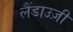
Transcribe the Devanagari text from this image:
लैंडाउज़ी